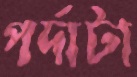
পর্দাটা